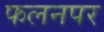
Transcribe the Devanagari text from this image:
फलनपर